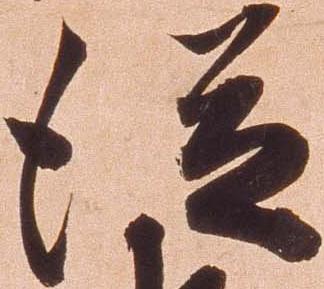
従